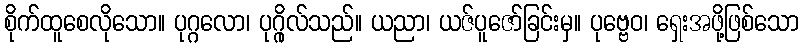
စိုက်ထူစေလိုသော။ ပုဂ္ဂလော၊ ပုဂ္ဂိုလ်သည်။ ယညာ၊ ယဇ်ပူဇော်ခြင်းမှ။ ပုဗ္ဗေဝ၊ ရှေးအဖို့ဖြစ်သော